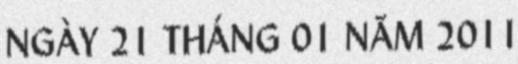
NGÀY 21 THÁNG 01 NĂM 2011